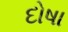
દોષા